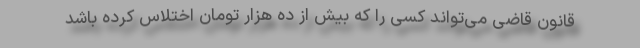
قانون قاضی می‌تواند کسی را که بیش از ده هزار تومان اختلاس کرده باشد